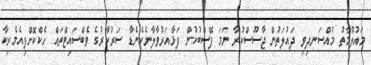
މައުލޫމާތު މުއްސަނދިވި ދައުލަތުން ޖާސޫސްކުރާ ނަމަ ފޭސްބުކުން ފަޅާއަރުވާލާނެކެނެޑާ ސަރުކާރުގެ ވެބްސައިޓްތައް ހެކްކޮށްފިއެމެރިކާ